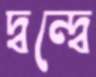
দ্বন্দ্বে